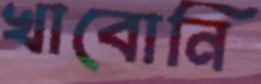
খাবোনি